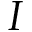
I